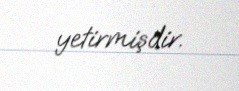
yetirmişdir.